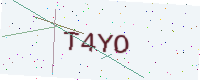
Text: T4YO